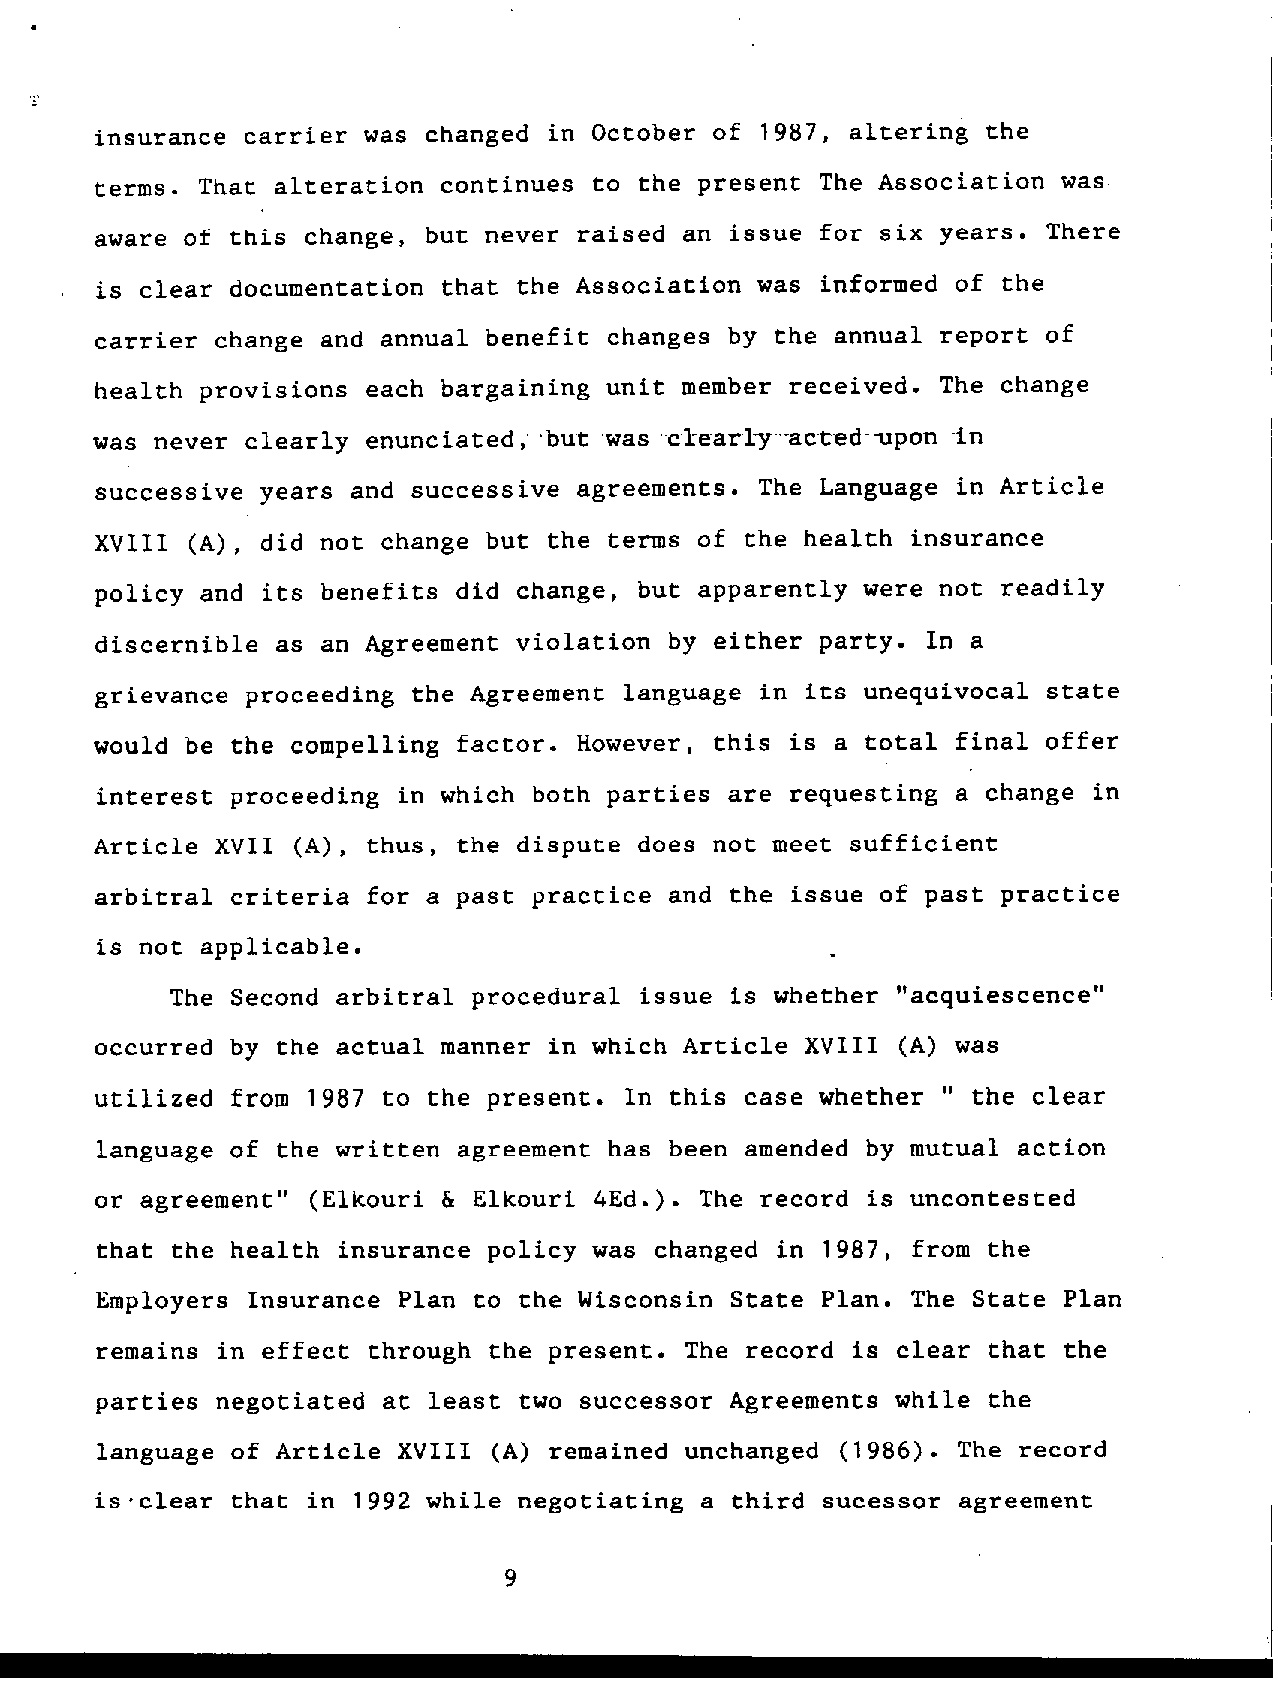
.
 insurance carrier was changed in October of 1987, altering the
 terms. That alteration continues to the present The Association was-
 aware of this change, but never raised an issue for six years. There
 is clear documentation that the Association was informed of the
 carrier change and annual benefit changes by the annual report of
 health provisions each bargaining unit member received. The change
 was never clearly enunciated;,butwas  clearly..acted-upon -in
 successive years and successive agreements. The Language in Article
 XVIII  (A), did not change but the terms of the health insurance
 policy and its benefits did change, but apparently were not readily
 discernible as an Agreement violation by either party. In a
 grievance proceeding the Agreement language in its unequivocal state
 would be the compelling factor. However, this is a total final offer
 interest proceeding in which both parties are requesting a change in
 Article XVII (A), thus, the dispute does not meet sufficient
 arbitral criteria for a past practice and the issue of past practice
 is not applicabl e.
 The Second arbitral procedural issue is whether "acquiescence"
 occurred by the actual manner in which Article XVIII (A) was
 utilized from 1987 to the present. In this case whether U the clear
 language of the written agreement has been amended by mutual action
 or agreement" (Elkouri ii Elkouri 4Ed.). The record is uncontested
 that the health insurance policy was changed in 1987, from the
 Employers Insurance Plan to the Wisconsin State Plan. The State Plan
 remains in effect through the present. The record is clear that the
 parties negotiated at least two successor Agreements while the
 language of Article XVIII  (A) remained unchanged (1986). The record
 is*clear that in 1992 while negotiating a third sucessor agreement
 9